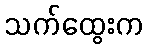
သက်ထွေးက